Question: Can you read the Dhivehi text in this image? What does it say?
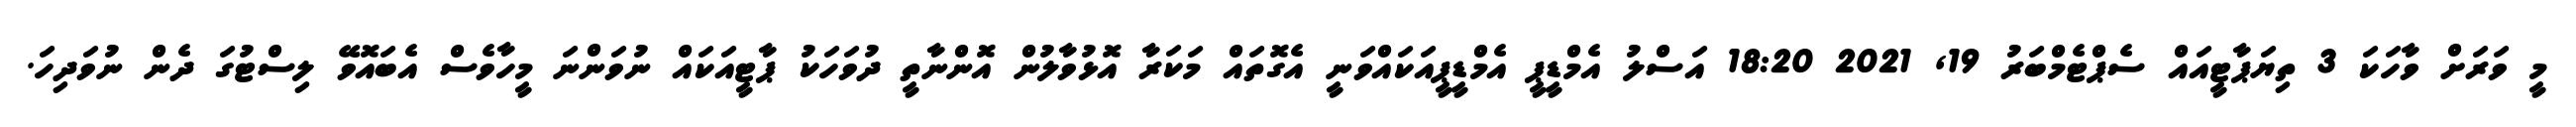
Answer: މީ ވަރަށް ވާހަކަ 3 ތިޔަޕާޓީއައް ސެޕްޓެމްބަރު 19, 2021 18:20 އަސްލު އެމްޑީޕީ އެމްޑީޕީއަކައްވަނީ އެގޮތައް މަކަރާ އޮޅުވާލުން އޮންނާތީ ދުވަހަކު ޕާޓީއަކައް ނުވަންނަ މީހާވެސް އެބައޮވޭ ލިސްޓުގަ ދެން ނުވަދިހަ.